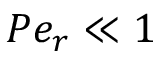
P e _ { r } \ll 1